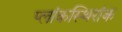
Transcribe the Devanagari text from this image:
प्लांकस्थिरांक